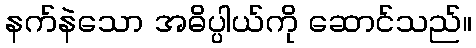
နက်နဲသော အဓိပ္ပါယ်ကို ဆောင်သည်။